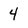
Character: 4